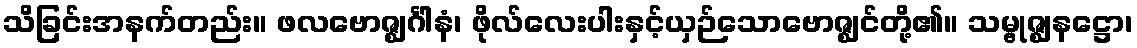
သိခြင်းအနက်တည်း။ ဖလဗောဇ္ဈင်္ဂါနံ၊ ဖိုလ်လေးပါးနှင့်ယှဉ်သောဗောဇ္ဈင်တို့၏။ သမ္ဗုဇ္ဈနဋ္ဌော၊